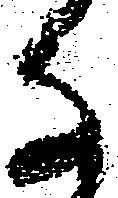
な